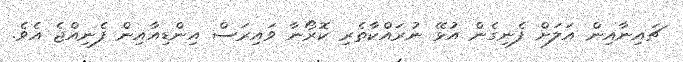
ޗައިނާއިން އަލަށް ފެނިގެން އުޅޭ ނުރައްކާތެރި ކޮރޯނާ ވައިރަސް އިންޑިއާއިން ފެނިއްޖެ އެވެ.